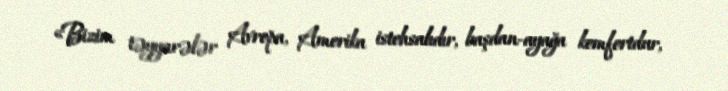
«Bizim təyyarələr Avropa, Amerika istehsalıdır, başdan-ayağa komfortdur,